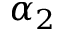
\alpha _ { 2 }